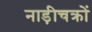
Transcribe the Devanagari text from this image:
नाड़ीचक्रों